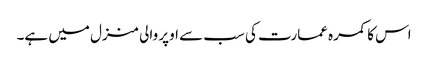
اس کا کمرہ عمارت کی سب سے اوپر والی منزل میں ہے۔